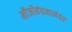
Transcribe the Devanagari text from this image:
मौजीबंधनानंतर